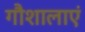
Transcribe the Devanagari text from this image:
गौशालाएं